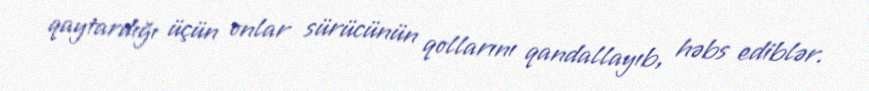
qaytardığı üçün onlar sürücünün qollarını qandallayıb, həbs ediblər.